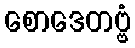
စောဒေတဗ္ဗံ